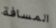
المسافة